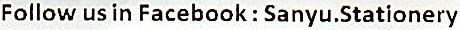
FOLLOW US IN FACEBOOK : SANYU.STATIONERY